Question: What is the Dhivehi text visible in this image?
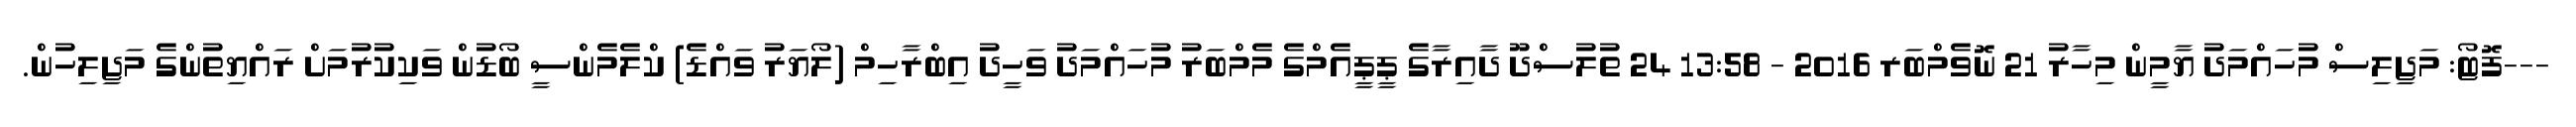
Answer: ---ފޮޓޯ: މަޖިލިސް މުހައްމަދު ޔާމީން މިހާރު 21 ނޮވެމްބަރ 2016 - 13:58 24 ތުލުސްދޫ ދާއިރާގެ ޕީޕީއެމްގެ މެމްބަރު މުހައްމަދު ވަހީދު އިބްރާހިމް (ލޯޔަރު ވައްޑެ) ކްލެމެންސީ ބޯޑުން ވަކިކުރުމަށް ރައްޔިތުންގެ މަޖިލިހުން.